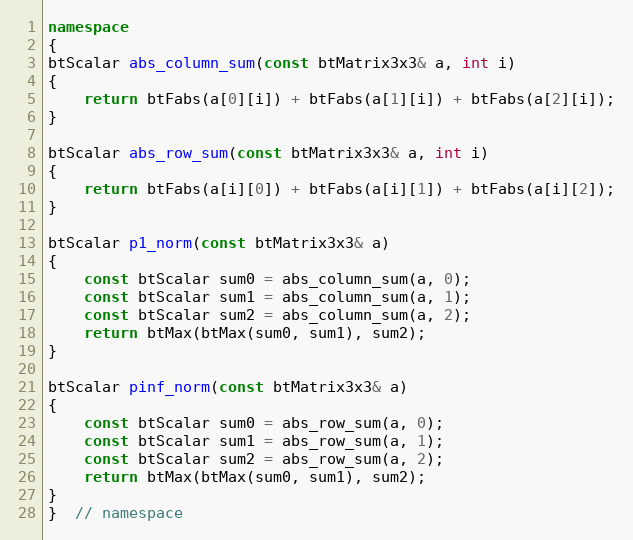
Language: C++
namespace
{
btScalar abs_column_sum(const btMatrix3x3& a, int i)
{
	return btFabs(a[0][i]) + btFabs(a[1][i]) + btFabs(a[2][i]);
}

btScalar abs_row_sum(const btMatrix3x3& a, int i)
{
	return btFabs(a[i][0]) + btFabs(a[i][1]) + btFabs(a[i][2]);
}

btScalar p1_norm(const btMatrix3x3& a)
{
	const btScalar sum0 = abs_column_sum(a, 0);
	const btScalar sum1 = abs_column_sum(a, 1);
	const btScalar sum2 = abs_column_sum(a, 2);
	return btMax(btMax(sum0, sum1), sum2);
}

btScalar pinf_norm(const btMatrix3x3& a)
{
	const btScalar sum0 = abs_row_sum(a, 0);
	const btScalar sum1 = abs_row_sum(a, 1);
	const btScalar sum2 = abs_row_sum(a, 2);
	return btMax(btMax(sum0, sum1), sum2);
}
}  // namespace